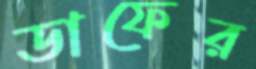
ডাফের